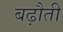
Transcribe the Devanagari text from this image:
बढ़ौती